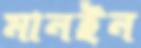
মানইন